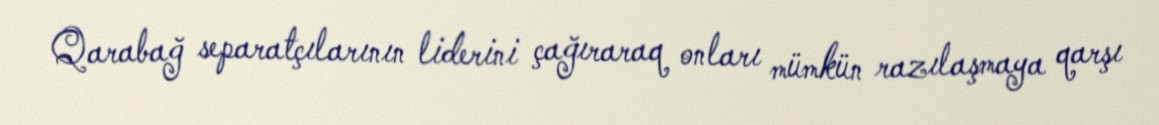
Qarabağ separatçılarının liderini çağıraraq onları mümkün razılaşmaya qarşı